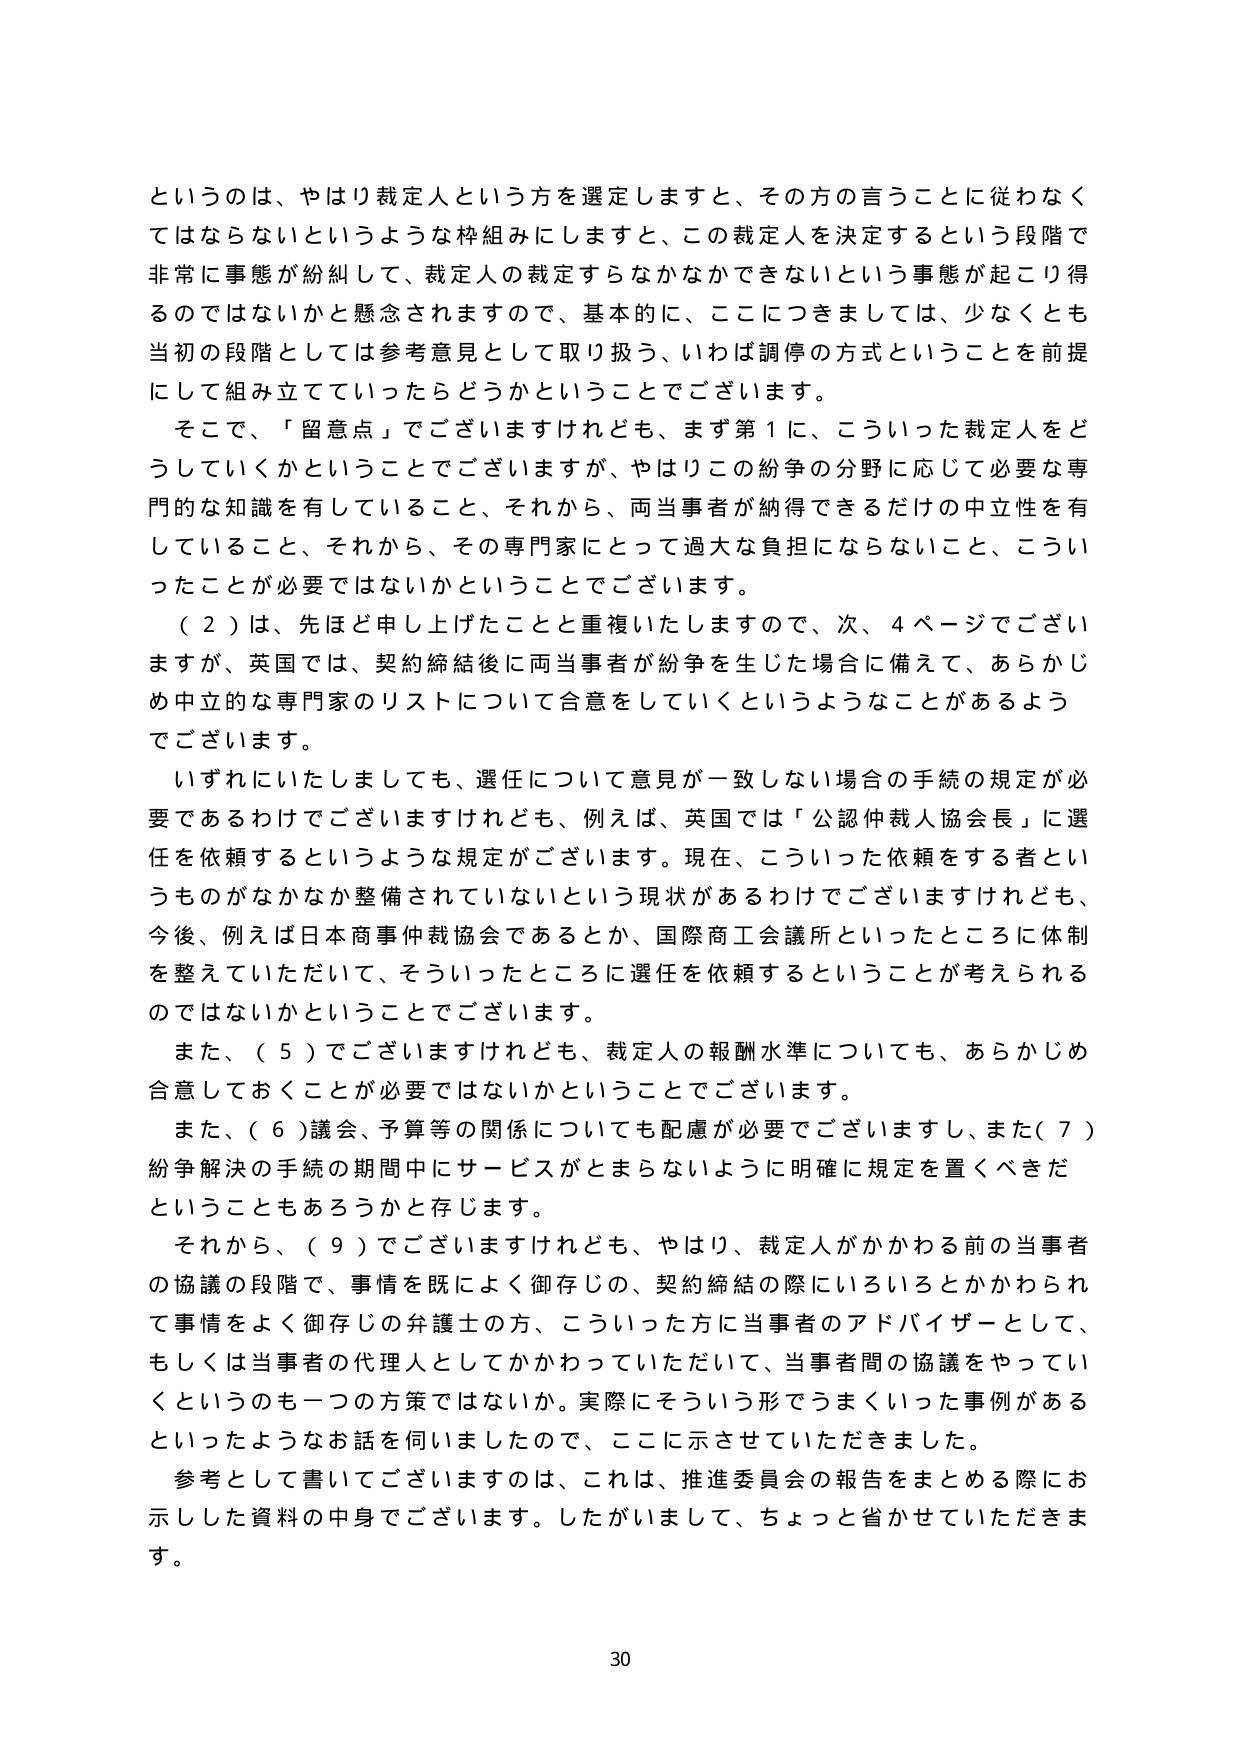
というの は、やはり裁定人という方を選定しますと、その方の言うことに従わなくてはならないというような枠組みにしますと、この裁定人を決定するという段階で非常に事態が紛糾して、裁定人の裁定すらなかなかできないという事態が起こり得るのではないかと懸念されますので、基本的に、ここにつきましては、少なくとも当初の段階としては参考意見として取り扱う、いわば調停の方式ということを前提にして組み立てていったらどうかということでございます。

そこで、「留意点」でございますけれども、まず第1に、こういった裁定人をどうしていくかということでございますが、やはりこの紛争の分野に応じて必要な専門的な知識を有していること、それから、両当事者が納得できるだけの中立性を有していること、それから、その専門家にとって過大な負担にならないこと、こういったことが必要ではないかということでございます。

（2）は、先ほど申し上げたことと重複いたしますので、次、4ページでございますが、英国では、契約締結後に両当事者が紛争を生じた場合に備えて、あらかじめ中立的な専門家のリストについて合意をしていくというようなことがあるようでございます。

いずれにいたしましても、選任について意見が一致しない場合の手続の規定が必要であるわけでございますけれども、例えば、英国では「公認仲裁人協会長」に選任を依頼するというような規定がございます。現在、こういった依頼をする者というものがなかなか整備されていないという現状があるわけでございますけれども、今後、例えば日本商事仲裁協会であるとか、国際商工会議所といったところに体制を整えていただいて、そういったところに選任を依頼するということが考えられるのではないかということでございます。

また、（5）でございますけれども、裁定人の報酬水準についても、あらかじめ合意しておくことが必要ではないかということでございます。

また、（6）議会、予算等の関係についても配慮が必要でございますし、また（7）紛争解決の手続の期間中にサービスがとまらないように明確に規定を置くべきだということもあろうかと存じます。

それから、（9）でございますけれども、やはり、裁定人がかかる前の当事者の協議の段階で、事情を既によく御存じの、契約締結の際にいろいろとかかわられて事情をよく御存じの弁護士の方、こういった方に当事者のアドバイザーとして、もしくは当事者の代理人としてかかっていただいて、当事者間の協議をやっていくというのも一つの方策ではないか。実際にそういう形でうまくいった事例があるといったようなお話を伺いましたので、ここに示させていただきました。

参考として書いてございますのは、これは、推進委員会の報告をまとめる際に示しした資料の中身でございます。したがいまして、ちょっと省かせていただきます。

30